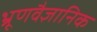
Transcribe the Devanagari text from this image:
भ्रूणवैज्ञानिक